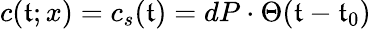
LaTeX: c(\mathfrak{t};x)=c_{s}(\mathfrak{t})=dP\cdot\Theta(\mathfrak{t}-\mathfrak{t}_{0})